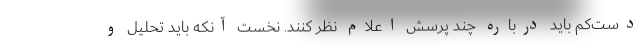
دست‌کم باید درباره چند پرسش اعلام نظر کنند. نخست آنکه باید تحلیل و